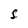
Character: S